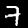
Digit: 7